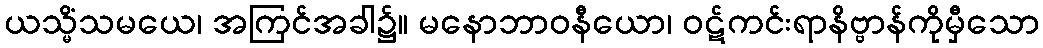
ယသ္မိံသမယေ၊ အကြင်အခါ၌။ မနောဘာဝနီယော၊ ဝဋ်ကင်းရာနိဗ္ဗာန်ကိုမှီသော